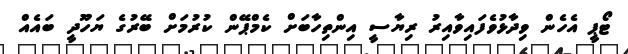
ޓޯޕީ އެހެން ވިދާޅުވެފައިވާއިރު ރިޔާސީ އިންތިހާބަށް ކެމްޕޭން ކުރުމަށް ބޭރުގެ ޔަހޫދީ ބައެއް